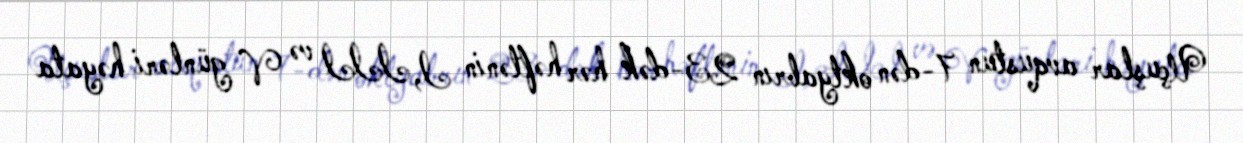
Uçuşlar avqustun 7-dən oktyabrın 23-dək hər həftənin I, III və V günləri həyata